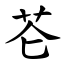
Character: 芲